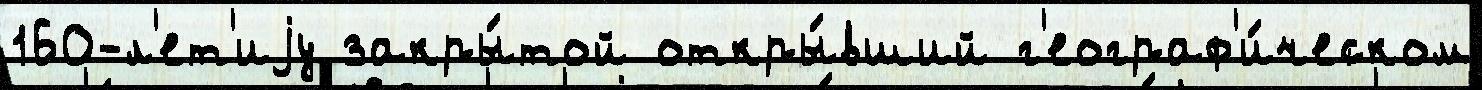
160-л'ет'иjу закры́той откры́вший г'еограф'и́ческом